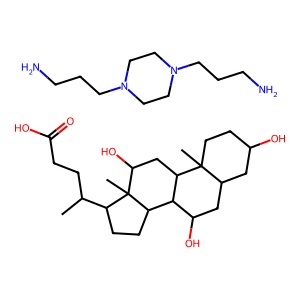
SMILES: CC(CCC(=O)O)C1CCC2C3C(O)CC4CC(O)CCC4(C)C3CC(O)C12C.NCCCN1CCN(CCCN)CC1
Inhibits HIV replication: No